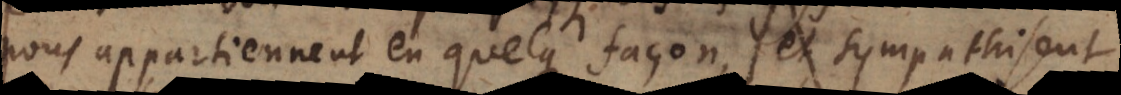
nous appartiennent en quelque façon, et sympathisent